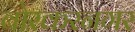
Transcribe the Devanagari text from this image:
बोरकरनगर